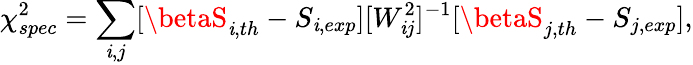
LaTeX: \chi_{spec}^{2}=\sum_{\mathit{i},j}[\betaS_{\mathit{i},th}-S_{\mathit{i},exp}][W_{\mathit{i}j}^{2}]^{-1}[\betaS_{j,th}-S_{j,exp}],